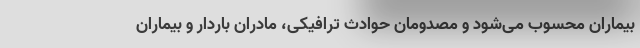
بیماران محسوب می‌شود و مصدومان حوادث ترافیکی، مادران باردار و بیماران